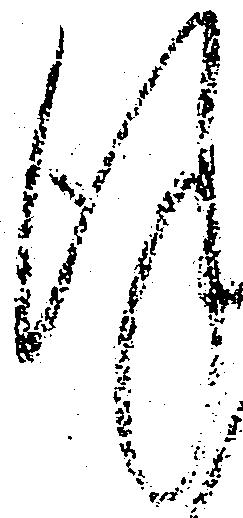
謹